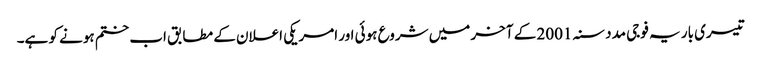
تیسری بار یہ فوجی مدد سنہ 2001 کے آخر میں شروع ہوئی اور امریکی اعلان کے مطابق اب ختم ہونے کو ہے۔